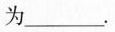
为___.